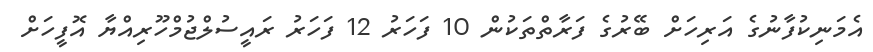
އެމަނިކުފާނުގެ އަރިހަށް ބޭރުގެ ފަރާތްތަކުން 10 ފަހަރު 12 ފަހަރު ރައީސުލްޖުމްހޫރިއްޔާ އޮފީހަށް